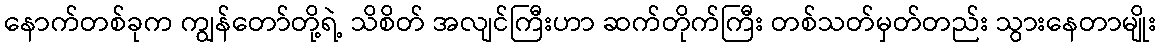
နောက်တစ်ခုက ကျွန်တော်တို့ရဲ့ သိစိတ် အလျင်ကြီးဟာ ဆက်တိုက်ကြီး တစ်သတ်မှတ်တည်း သွားနေတာမျိုး